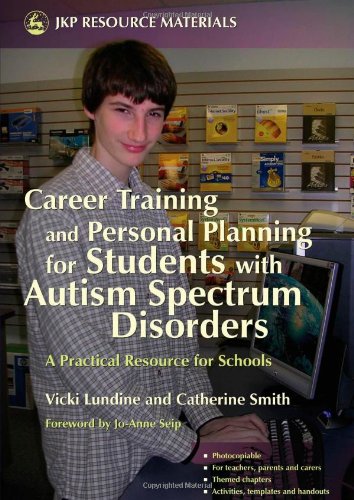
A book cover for Career Training and Personal Planning for Students with Autism Spectrum Disorders: A Practical Resource for Schools; Vicki Lundine; Health, Fitness & Dieting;